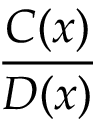
\frac { C ( x ) } { D ( x ) }